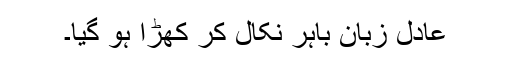
عادل زبان باہر نکال کر کھڑا ہو گیا۔